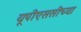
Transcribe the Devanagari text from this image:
यूपीएससीच्या